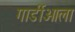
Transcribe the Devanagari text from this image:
गार्डीओला